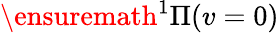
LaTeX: \ensuremath{{}^{1}\Pi}(v=0)